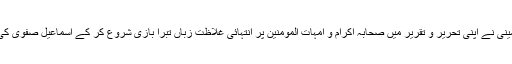
ایرانی انقلاب کے بانی خمینی نے اپنی تحریر و تقریر میں صحابہ اکرام و امہات المومنین پر انتہائی غلاظت زباں تبرا بازی شروع کر کے اسماعیل صفوی کی جس طریقت کو تازہ کیا۔